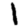
Digit: 1